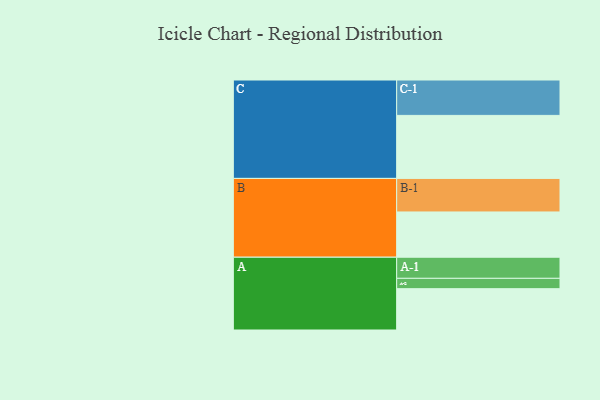
{"axis": {"x": "Segment", "y": "Value"}, "legend": ["", "A", "B", "C"], "data": [{"x": "A", "y": 335, "type": ""}, {"x": "B", "y": 367, "type": ""}, {"x": "C", "y": 511, "type": ""}, {"x": "A-1", "y": 171, "type": "A"}, {"x": "A-2", "y": 84, "type": "A"}, {"x": "B-1", "y": 272, "type": "B"}, {"x": "C-1", "y": 287, "type": "C"}]}